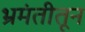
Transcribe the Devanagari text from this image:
भ्रमंतीतून